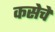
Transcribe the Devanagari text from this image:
कसेचे